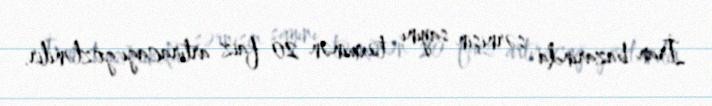
İran bazarında sərnişin sayını təxminən 20 faiz artıracağı gözlənilir.